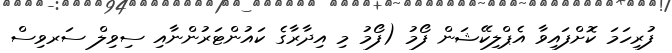
ފުރިހަމަ ކޮށްފައިވާ އެޕްލިކޭޝަން ފޯމު (ފޯމު މި އިދާރާގެ ކައުންޓަރުންނާއި ސިވިލް ސަރވިސް